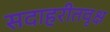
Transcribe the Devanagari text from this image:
सदाहरीतवृक्ष